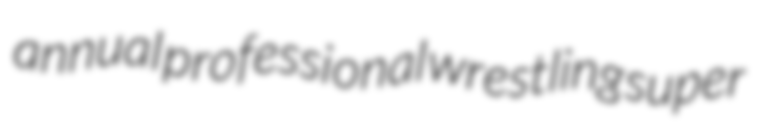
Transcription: annual professional wrestling super